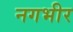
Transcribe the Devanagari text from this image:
नगभीर